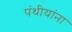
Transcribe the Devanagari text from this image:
पंथीयांना